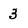
Character: 3